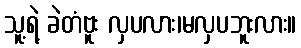
သူ့ရဲ့ ခဲတံဗူး လှပလား၊မလှပဘူးလား။